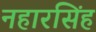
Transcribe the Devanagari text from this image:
नहारसिंह